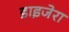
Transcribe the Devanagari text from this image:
डाइजेरा